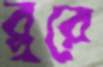
ব্লুরে